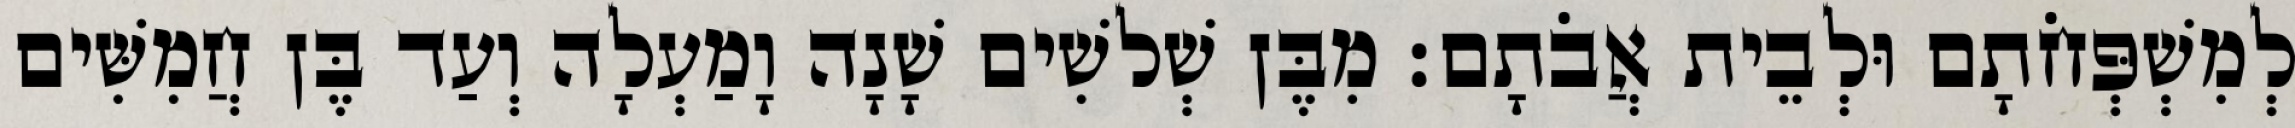
לְמִשְׁפְּחֹתָם וּלְבֵית אֲבֹתָם׃ מִבֶּן שְׁלשִׁים שָׁנָה וָמַעְלָה וְעַד בֶּן חֲמִשִּׁים